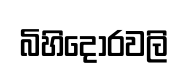
බිහිදොරවලි